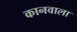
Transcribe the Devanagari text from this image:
कानवाला